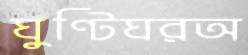
ঘুণ্টিঘরঅ